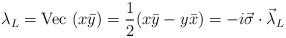
LaTeX: \begin{align*}\lambda_{L}= {\rm Vec}~(x \bar{y}) = \frac{1}{2}(x \bar{y}-y \bar{x}) = -i\vec{\sigma}\cdot\vec{\lambda}_{L}\end{align*}